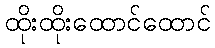
ထိုးထိုးထောင်ထောင်